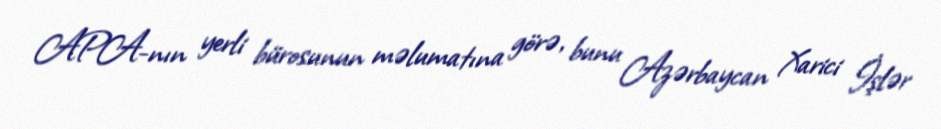
APA-nın yerli bürosunun məlumatına görə, bunu Azərbaycan Xarici İşlər